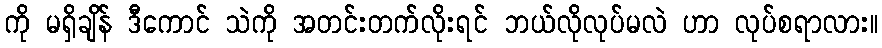
ကို မရှိချိန် ဒီကောင် သဲကို အတင်းတက်လိုးရင် ဘယ်လိုလုပ်မလဲ ဟာ လုပ်စရာလား။